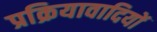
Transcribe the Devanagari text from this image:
प्रक्रियावादियों